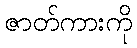
ဇာတ်ကားကို